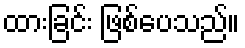
ထားခြင်း ဖြစ်ပေသည်။